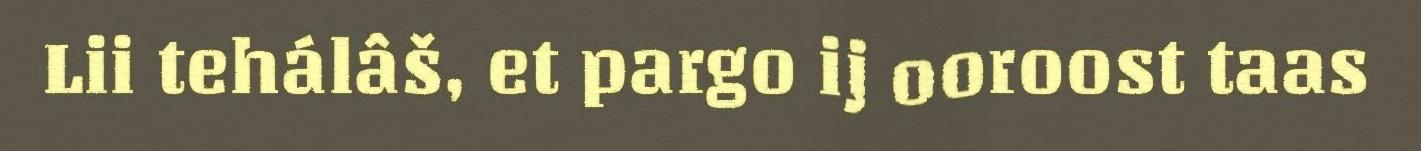
Lii tehálâš, et pargo ij ooroost taas